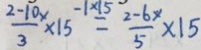
\frac { 2 - 1 0 x } { 3 } \times 1 5 ^ { - 1 \times 1 5 } = \frac { 2 - 6 x } { 5 } \times 1 5